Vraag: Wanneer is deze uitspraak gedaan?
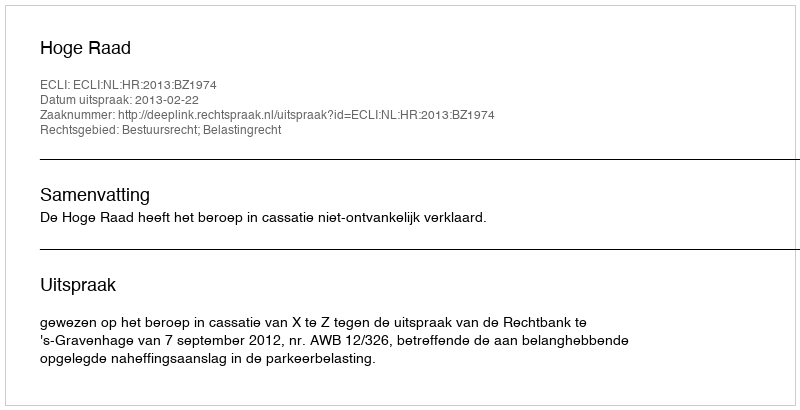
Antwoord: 2013-02-22